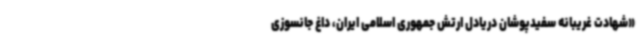
«شهادت غریبانه سفیدپوشان دریادل ارتش جمهوری اسلامی ایران،‌ داغ جانسوزی